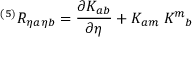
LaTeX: { } ^ { ( 5 ) } R _ { \eta a \eta b } = { \frac { \partial K _ { a b } } { \partial \eta } } + K _ { a m } \; K ^ { m } { } _ { b }